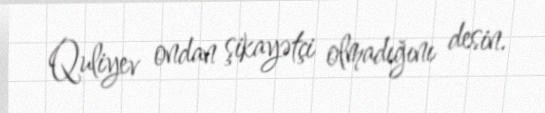
Quliyev ondan şikayətçi olmadığını desin.